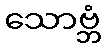
သောဗ္ဘံ